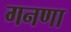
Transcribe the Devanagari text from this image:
गनणा